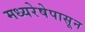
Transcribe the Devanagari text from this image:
मध्यरेषेपासून